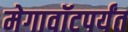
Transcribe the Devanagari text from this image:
मेगावॉटपर्यंत